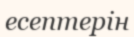
есептерін